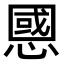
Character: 𢠝